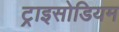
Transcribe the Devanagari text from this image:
ट्राइसोडियम